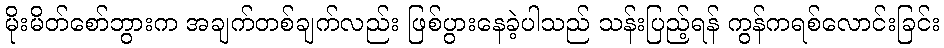
မိုးမိတ်စော်ဘွားက အချက်တစ်ချက်လည်း ဖြစ်ပွားနေခဲ့ပါသည် သန်းပြည့်ရန် ကွန်ကရစ်လောင်းခြင်း